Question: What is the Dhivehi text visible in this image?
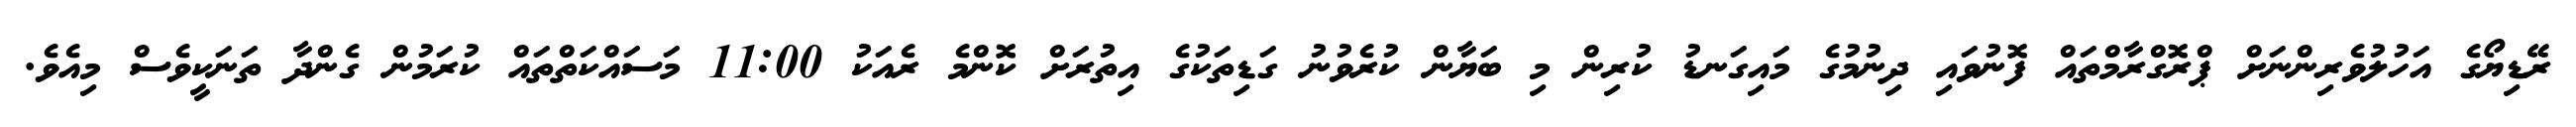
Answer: ރޭޑިޔޯގެ އަހުލުވެރިންނަށް ޕްރޮގްރާމްތައް ފޮނުވައި ދިނުމުގެ މައިގަނޑު ކުރިން މި ބަޔާން ކުރެވުނު ގަޑިތަކުގެ އިތުރަށް ކޮންމެ ރެއަކު 11:00 މަސައްކަތްތައް ކުރަމުން ގެންދާ ތަނަކީވެސް މިއެވެ.